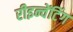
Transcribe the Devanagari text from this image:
रीइन्वेंटिंग